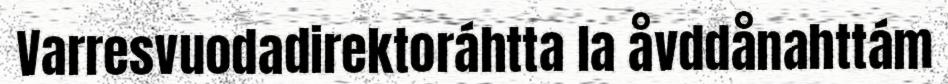
Varresvuodadirektoráhtta la åvddånahttám